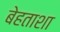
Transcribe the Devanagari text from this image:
बेहताशा